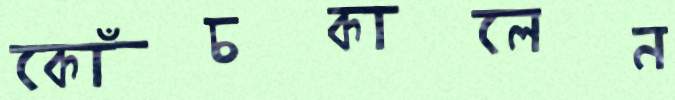
কোঁচকালেন